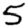
Digit: 5